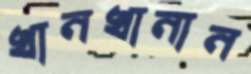
খানখানান